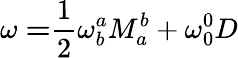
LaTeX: \mathbf{\omega=}\frac{1}{2}\mathbf{\omega}_{b}^{a}M_{a}^{b}+\mathbf{\omega}_{0}^{0}D